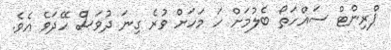
ޕްރިންޓް ސައްހަތޯ ބެލުމަށް ހަ މަހަށް ވުރެ ގިނަ ދުވަސް ހޭދަވެ އެވެ.